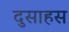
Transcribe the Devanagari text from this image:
दुसाहस